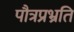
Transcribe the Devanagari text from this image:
पौत्रप्रभ्रति